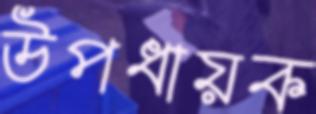
উপধায়ক